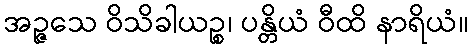
အဉ္ဇသေ ဝိသိခါယဉ္စ၊ ပန္တိယံ ဝီထိ နာရိယံ။